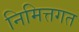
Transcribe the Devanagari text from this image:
निमित्तगत